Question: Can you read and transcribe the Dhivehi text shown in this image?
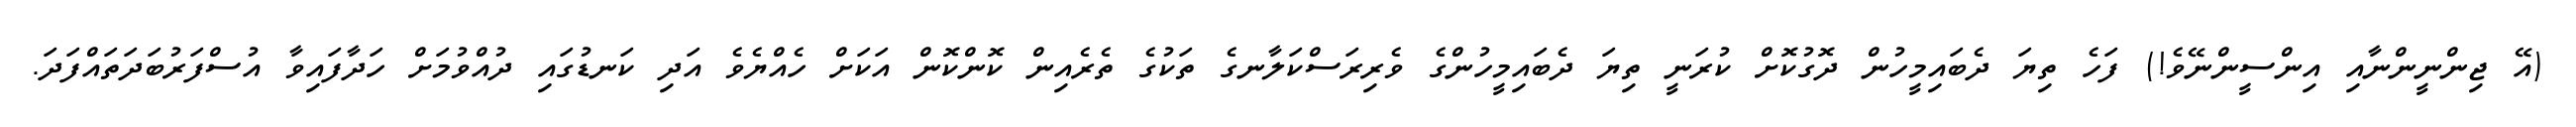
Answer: (އޭ ޖިންނީންނާއި އިންސީންނޭވެ!) ފަހެ ތިޔަ ދެބައިމީހުން ދޮގުކޮށް ކުރަނީ ތިޔަ ދެބައިމީހުންގެ ވެރިރަސްކަލާނގެ ތަކުގެ ތެރެއިން ކޮންކޮން އަކަށް ހެއްޔެވެ އަދި ކަނޑުގައި ދުއްވުމަށް ހަދާފައިވާ އުސްފަރުބަދަތައްފަދަ.